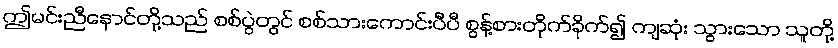
ဤမင်းညီနောင်တို့သည် စစ်ပွဲတွင် စစ်သားကောင်းပီပီ စွန့်စားတိုက်ခိုက်၍ ကျဆုံး သွားသော သူတို့